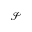
\mathcal { S }